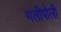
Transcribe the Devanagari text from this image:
गलीपोली